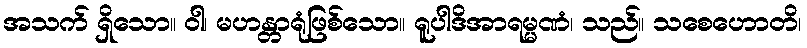
အသက် ရှိသော။ ဝါ၊ မဟန္တာရုံဖြစ်သော။ ရူပါဒိအာရမ္မဏံ၊ သည်။ သစေဟောတိ၊